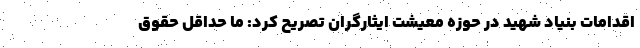
اقدامات بنیاد شهید در حوزه معیشت ایثارگران تصریح کرد: ما حداقل حقوق